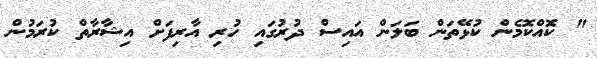
" ކޮއްކޮމެން ކުޅޭތަން ބަލަން އައިސް ދުރުގައި ހުރި އާރިފަށް އިޝާރާތް ކުރަމުން